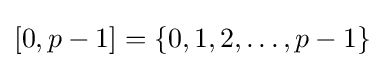
[0,p-1]=\{0,1,2,\ldots ,p-1\}